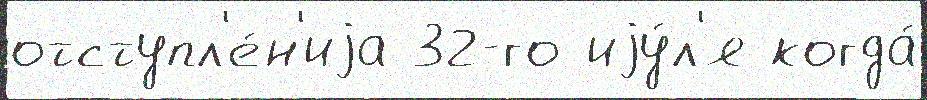
отступл'е́н'иjа 32-го иjу́л'я когда́